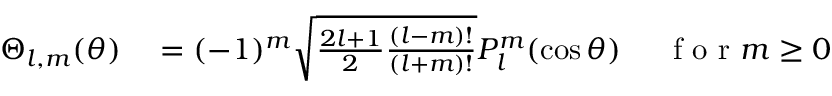
\begin{array} { r l } { \Theta _ { l , m } ( \theta ) } & { { } = ( - 1 ) ^ { m } \sqrt { \frac { 2 l + 1 } { 2 } \frac { ( l - m ) ! } { ( l + m ) ! } } P _ { l } ^ { m } ( \cos { \theta } ) \mathrm { ~ \quad ~ f ~ o ~ r ~ } m \geq 0 } \end{array}